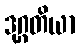
ဒုဂ္ဂတိယာ